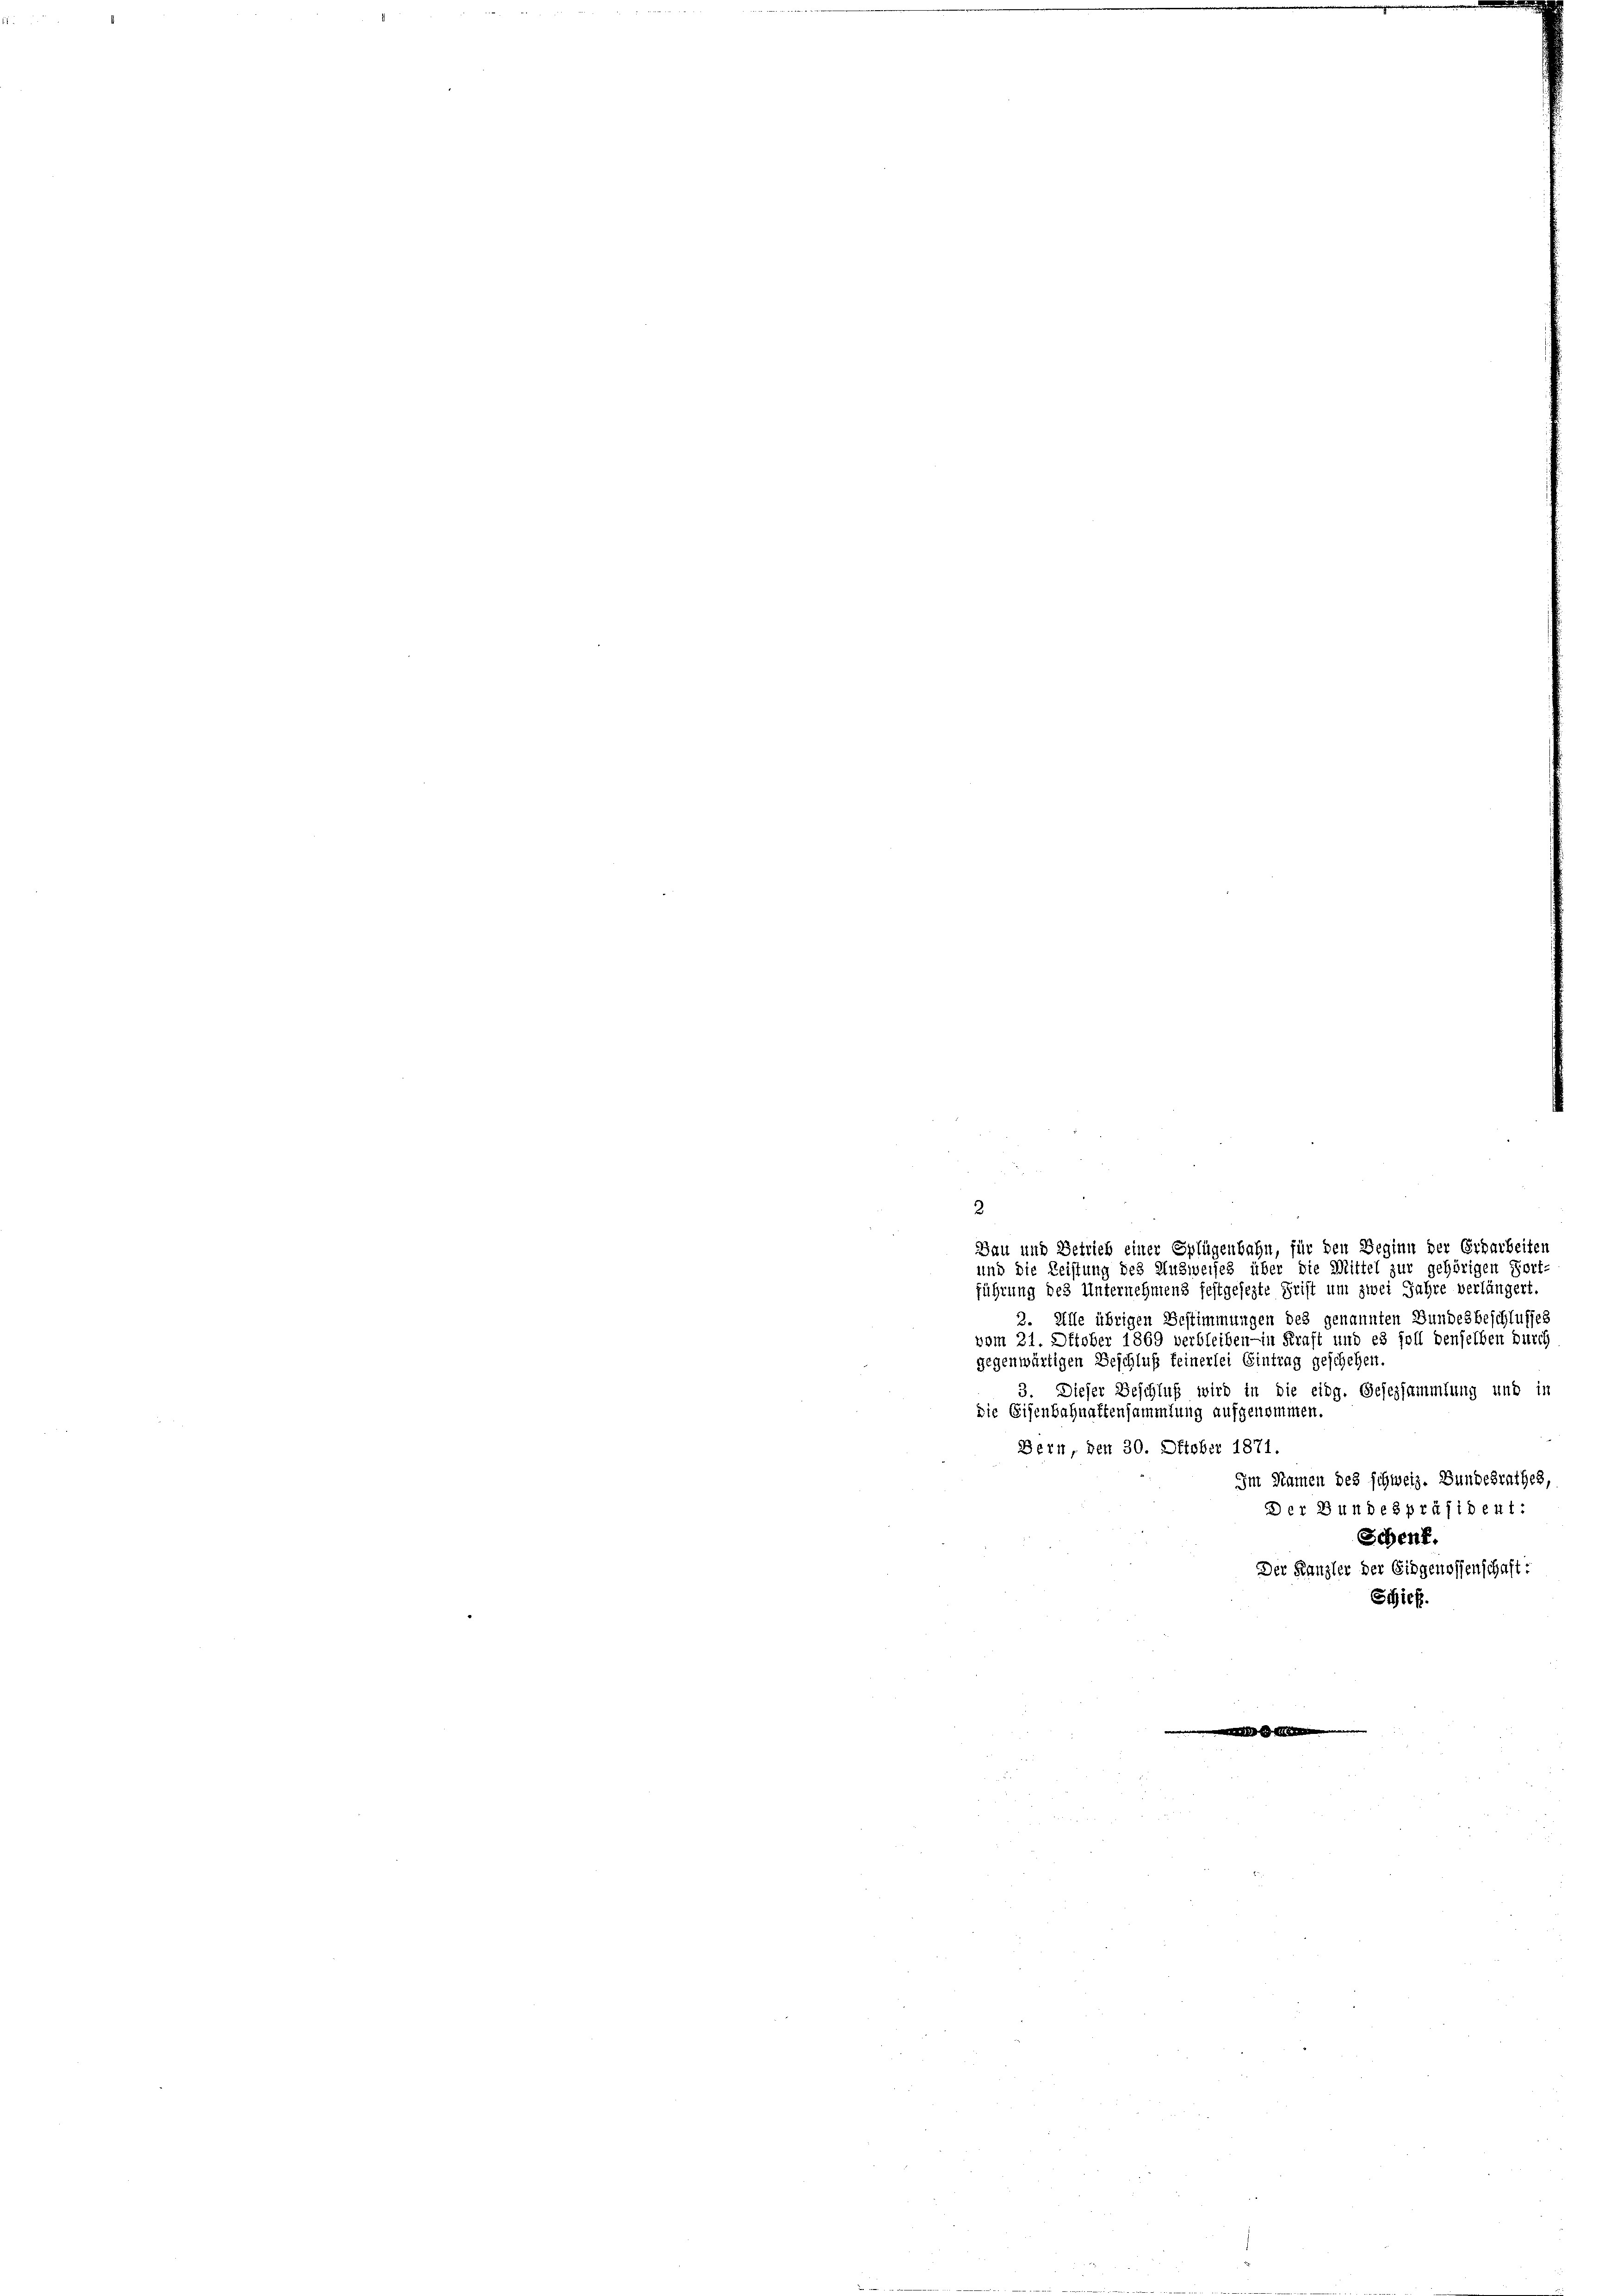
3

¬
Bau und Getrieb einer Splügenbahn, für den Beginn der Erbarbeiten
und die Leistung des Ausweises über die Mittel zur gehörigen Fort-
führung des Unternehmens festgesezte Frist um zwei Jahre verlängert.
3. Alle übrigen Bestimmungen des genannten Bundesbeschlusses
vom 21. Oktober 1869 verbleiben - in Kraft und es soll denselben durch
gegenwärtigen Beschluß feinerlei Eintrag geschehen.
3. Dieser Beschluß wird in die eidg. Gesezsammlung und in
die Eisenbahnattensammlung aufgenommen.
Bern, den 30. Oktober 1871.
Im Namen des schweiz. Bundesrathes,
Der Bundespräsident:
Schenf.
Der Kanzler der Eidgenossenschaft:
Schieß.